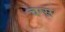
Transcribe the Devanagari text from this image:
चग्स